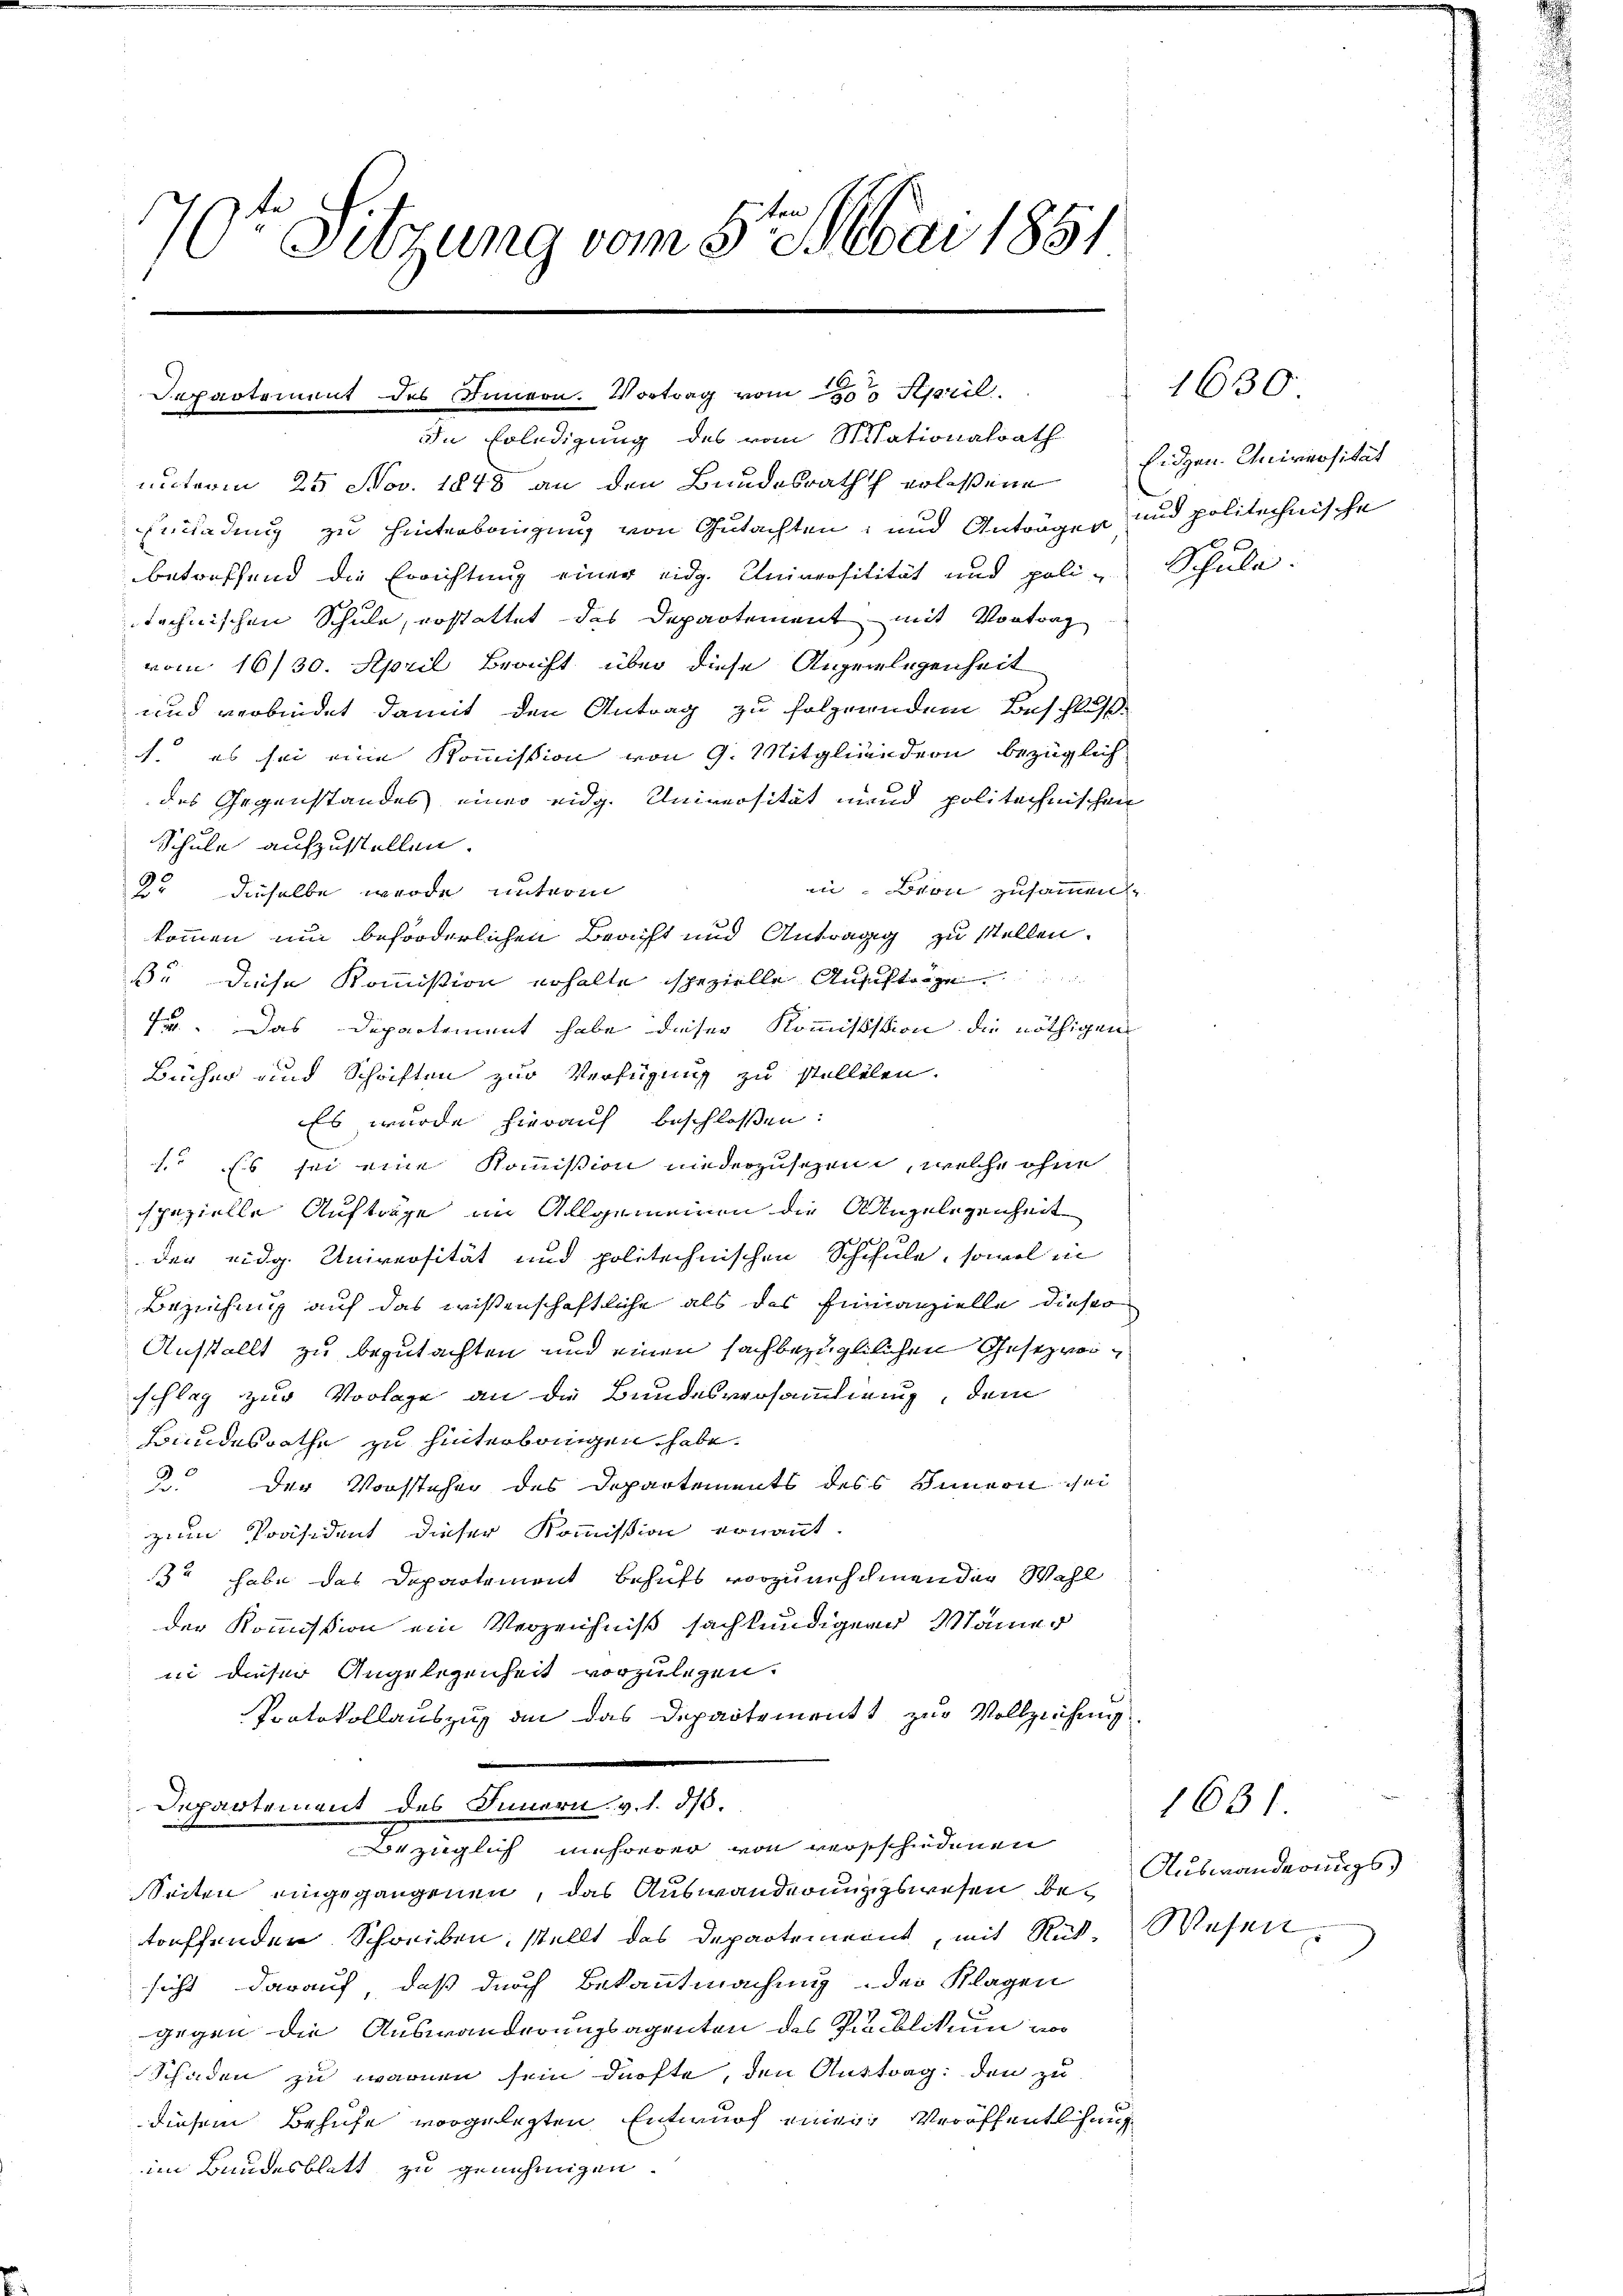
6
)
Sitzung vom 5ten Mai 1851.
1

Departement des Innern. Vortrag vom 200 April
In Erledigung des vom Stationalrath
unterm 25. Nov. 1848 an den Bundesrath erlassene Eidgen. Universität
Einladung zu hinterbringung von Gutachten, und Anträgen und politechnische
betreffend die Errichtung einer eidg. Universilität und poli-Schule.
technischen Schule, erstattet des Departement mit Vortrag
vom 16/30. April Bracht über diese Angelegenheit
und verbindet damit den Antrag zu folgerndem Beschluß
. es sei eine Kommission von G. Mitgliedern bezüglich
des Gegenstandes einer eidg. Universität und politechnischen
Schule aufzustellen.
in: Bron zusammen
23 dieselbe wurde unterm
kommen um beforderlichen Beacht und Anträgig zu stellen.
ß. diese Kommission erhalte spezielle Anfftige
74. Das Departement habe dieser Kommissstion die nöthigen
Bücher und Schriften zur Verfügung zu stellelen.
Es wurde hierauf beschlossen:
.. Es sei eine Kommission niederzuschend, welche ohne
spezielle Aufträge im Allgemeinen die Angelegenheit
der eidg. Universität und politechnischen Schchule, sowol in
Beziehung auf das wissenschaftliche als das Finanzielle dieser
Ansstellt zu begutachten und einen sachbezüglichen Gesezweischlag zur Vorlage an die Bundesversammling, dem
Bundesrathe zu hinterbringen habe.
3 der Vorstehen des Departements des Innern sol
zum Präsident dieser Kommission ernannt.
32 habe das Departement behufs vorzumschmenden Wahl
der Kommission ein Verzeichniß sachkundigern Mainer
in dieser Angelegenheit vorzulegen.
Protokollauszug an das Departements zur Vollziehung
Departement des Innern v. 1. d.
Bezüglich mehrerer von verschiedenen
Seiten eingegangenen, das Auswanderungswesen bei Auswanderungstreffenden Schreiben, stellt das Departement, mit Rück-Wesen
sicht darauf, daß durch Bekanntmachung der Klagen
gegen die Auswanderungsagenten des Publikum wo
Schaden zu waren sein dürfte, den Anstrag: den zu
diesem Behufe vorgelegten Entwurf einen Veröffentlichung
im Bundesblatt zu genehmigen.

1630.

1631